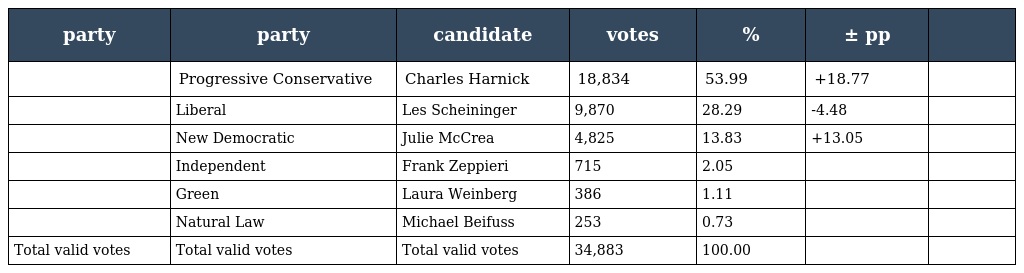
| party | party | candidate | votes | % | ± pp |  |
 | --- | --- | --- | --- | --- | --- | --- |
 |  | Progressive Conservative | Charles Harnick | 18,834 | 53.99 | +18.77 |  |
 |  | Liberal | Les Scheininger | 9,870 | 28.29 | -4.48 |  |
 |  | New Democratic | Julie McCrea | 4,825 | 13.83 | +13.05 |  |
 |  | Independent | Frank Zeppieri | 715 | 2.05 |  |  |
 |  | Green | Laura Weinberg | 386 | 1.11 |  |  |
 |  | Natural Law | Michael Beifuss | 253 | 0.73 |  |  |
 | Total valid votes | Total valid votes | Total valid votes | 34,883 | 100.00 |  |  |